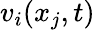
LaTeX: v_{i}(x_{j},t)